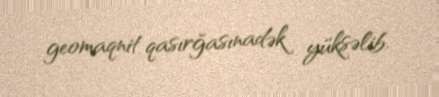
geomaqnit qasırğasınadək yüksəlib.